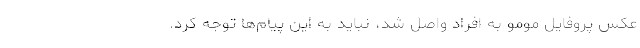
عکس‌ پروفایل مومو به افراد واصل شد، نباید به این پیام‌ها توجه کرد.